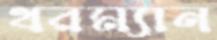
থরম্যান